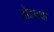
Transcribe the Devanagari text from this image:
तोंडघशी